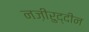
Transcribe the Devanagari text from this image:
नज़ीरुद्दीन